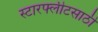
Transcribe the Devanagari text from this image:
स्टारफ्लीटसाठी